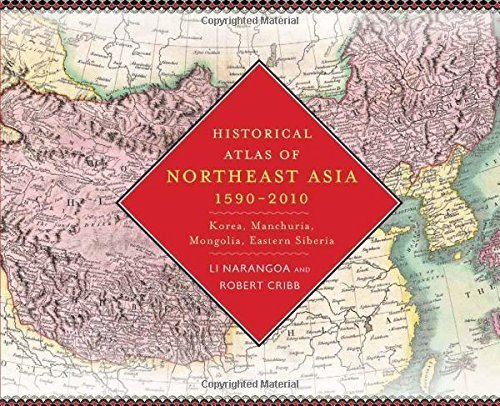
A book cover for Historical Atlas of Northeast Asia, 1590-2010: Korea, Manchuria, Mongolia, Eastern Siberia by Narangoa, Li, Cribb, Robert (2014) Hardcover; Li, Cribb, Robert Narangoa; Travel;